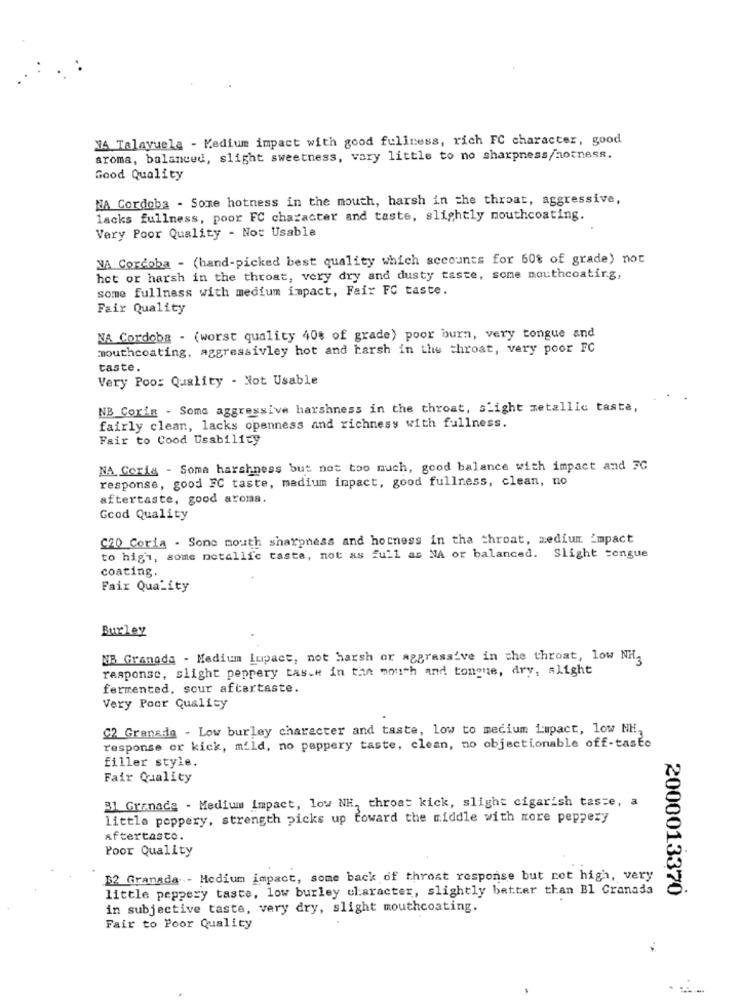
14 Talayuela - Kedium impact with good fullness, rich FC character, good
aroma, balanced, slight sweetness, very little to no sharpness/hotness.
Good Quality
NA Cordoba - Some hotness in the mouth, harsh in the throat, aggressive,
lacks fullness, poor FC character and taste, slightly mouthcoating.
Very Poor Quality - No: Usable
VA Cordoba - (hand-picked best quality which accounts for 60% of grade) not
hot or harsh in the throat, very dry and dusty taste, some mouthcoating,
some fullness with medium impact, Faix FC taste.
Fair Quality
NA Cordoba - (worst quality 40% of grade) poor burn, very tongue and
mouthcoating, aggressivley hot and harsh in the throat, very poor FC
taste.
Very Poo: Quality - Not Usable
NB Corin - Some aggressive harshness in the throat, slight metallic taste,
fairly clean, lacks openness and richness with fullness.
Fair to Cood Usability
NA Coris - Some harshness but not too much, good balance with impact and FC
response, good FC taste, madium impact, good fullness, clean, no
aftertaste, good aroma.
Good Quality
C20 Coria - Sone mouth sharpness and hotness in tha throat, medium. impact
to high, some metallic taste, not as full as NA or balanced. Slight congue
coating.
Fair Quality
Burley
MR Granada - Medium Impact, not harsh or aggressive in the throat, low NH,
response, slight peppery taste in the mouth and tongue, dry, slight
fermented, sour aftertaste.
Very Poor Quality
C2 Granada - Low burley character and taste, low to mecium impact, low NH.
response or kick, mild, no pappery taste, clean, no objectionable off-taste
filler style.
Fair Quality
31 Granada - Medium impact, low NH, throat kick, slight cigarish taste, a
little peppery, strength picks up toward the middle with more peppery
Aftertasto.
Poor Quality
B2 Granada - Medium impact, some back of throat response but not high, very
little peppery taste, low burley ularacter, slightly better than Bl Cranada
2000013370
in subjective taste, very dry, slight mouthcoating.
Fair to Poor Quality